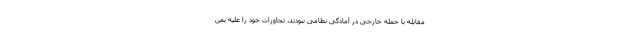
مقابله با حمله خارجی در آمادگی نظامی نبودند، تجاوزات خود را علیه یمن